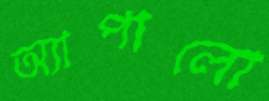
অ্যাপালো